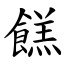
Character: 餻